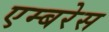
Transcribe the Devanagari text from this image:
एम्बरेस